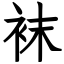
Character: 袜